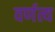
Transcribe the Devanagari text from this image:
वर्णत्य